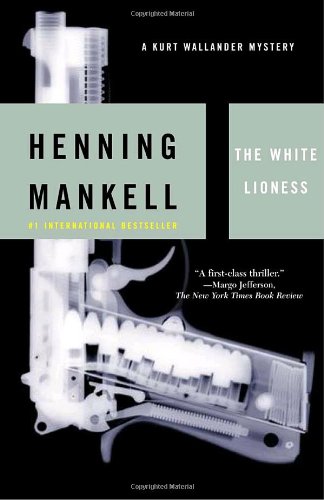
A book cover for The White Lioness; Henning Mankell; Mystery, Thriller & Suspense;